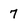
Character: 7